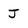
Character: J